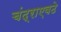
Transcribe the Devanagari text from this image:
चंद्राएवढे